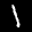
Label: 1